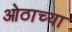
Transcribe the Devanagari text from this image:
ओठाच्या